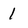
Character: 1